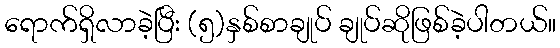
ရောက်ရှိလာခဲ့ပြီး (၅)နှစ်စာချုပ် ချုပ်ဆိုဖြစ်ခဲ့ပါတယ်။